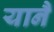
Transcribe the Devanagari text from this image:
यानै